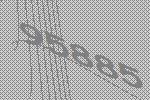
95885